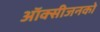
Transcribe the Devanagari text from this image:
ऑक्सीजनको